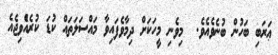
ޢަރަބި ބަހުން ބުނެވެއެވެ.  މިވެނި މީހަކަށް ދިމާވެފައިވާ މައްސަލަތައް ކުޑަ ކުރެއެްވިޖެއެ